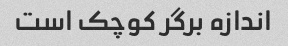
اندازه برگر کوچک است